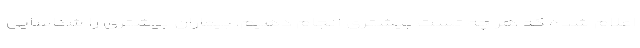
اعلام شده که هر چه تست بیشتری انجام دهیم، بیماران بیشتری را شناسایی